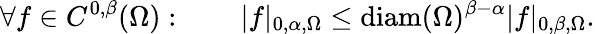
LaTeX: \forall f\in C^{0,\beta}(\Omega):\qquad|f|_{0,\alpha,\Omega}\leq\mathrm{diam}(\Omega)^{\beta-\alpha}|f|_{0,\beta,\Omega}.